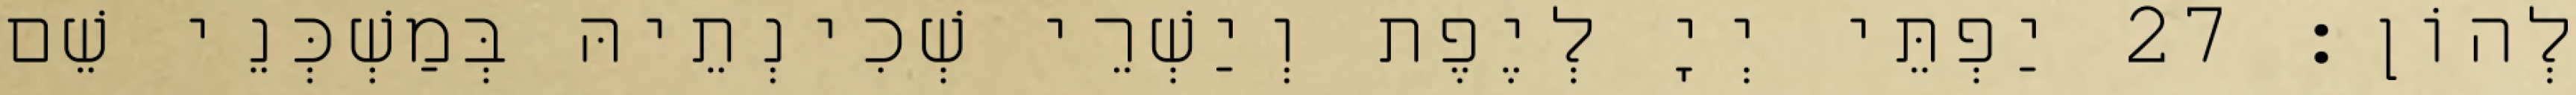
לְהוֹן׃ 27 יַפְתֵּי יְיָ לְיֶפֶת וְיַשְׁרֵי שְׁכִינְתֵיהּ בְּמַשְׁכְּנֵי שֵׁם